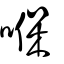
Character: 𠸒